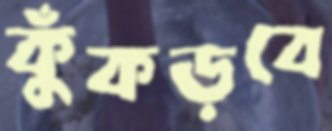
কুঁকড়বে